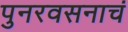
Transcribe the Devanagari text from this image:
पुनरवसनाचं